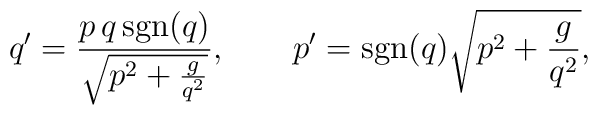
q^\prime=\frac{p\,q\,\mbox{sgn}(q)}{\sqrt{p^2+\frac{g}{q^2}}}, \qquad  p^\prime=\mbox{sgn}(q)\sqrt{p^2+\frac{g}{q^2}},